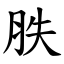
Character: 胅